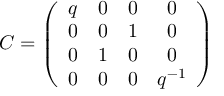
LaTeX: C = \left( \begin{array} { c c c c } { { q } } & { { 0 } } & { { 0 } } & { { 0 } } \\ { { 0 } } & { { 0 } } & { { 1 } } & { { 0 } } \\ { { 0 } } & { { 1 } } & { { 0 } } & { { 0 } } \\ { { 0 } } & { { 0 } } & { { 0 } } & { { q ^ { - 1 } } } \end{array} \right) \nonumber